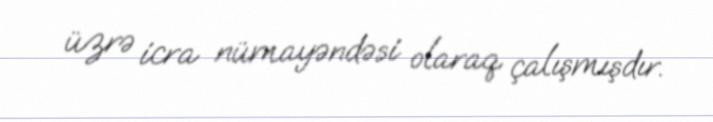
üzrə icra nümayəndəsi olaraq çalışmışdır.